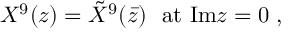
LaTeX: X ^ { 9 } ( z ) = { \tilde { X } } ^ { 9 } ( \bar { z } ) \ \ \mathrm { a t \ I m } z = 0 \ ,